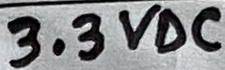
Text: 3.3VDC